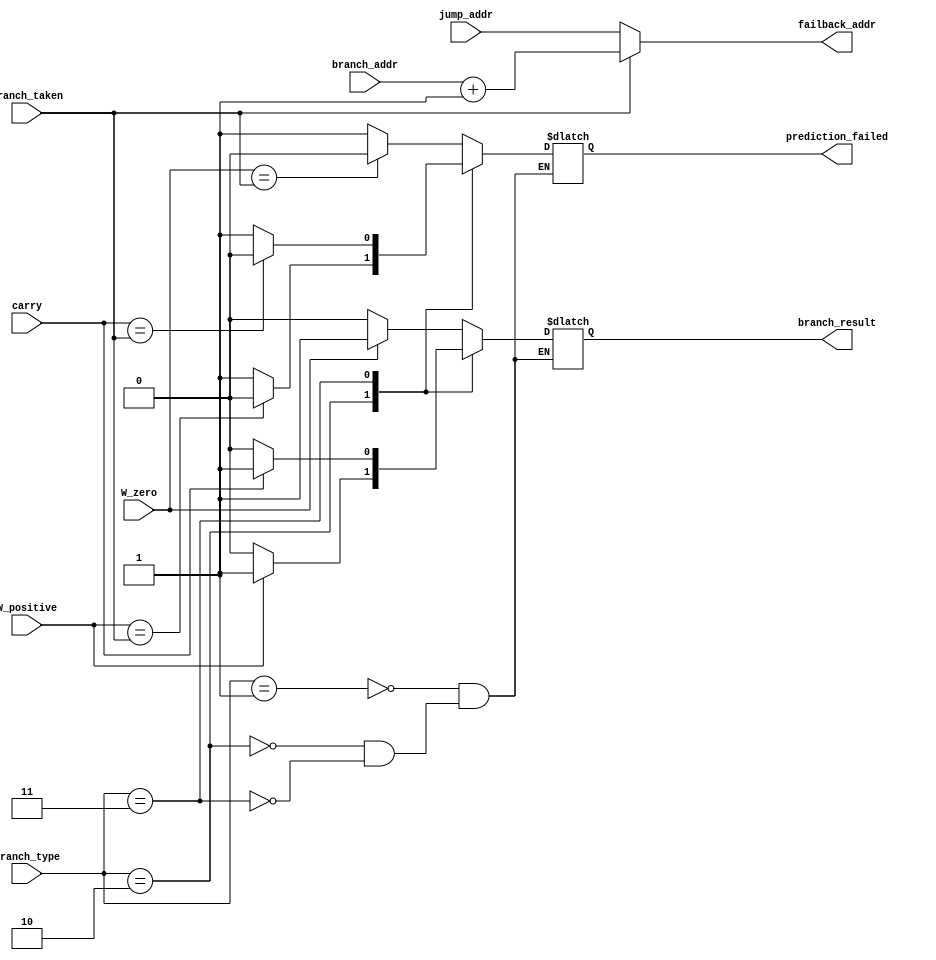
module predictor_prediction_check (	input [10:0]			branch_addr,
												input [10:0]			jump_addr,
												input [1:0]				branch_type,
												input						branch_taken,
												input						W_zero,
												input						W_positive,
												input						carry,
												output reg				prediction_failed,
												output reg				branch_result,
												output reg [10:0]		failback_addr);
				
	initial begin
		prediction_failed = 0;
	end
	always begin
		case (branch_type)
			2'b01 : begin
				prediction_failed <= W_zero == branch_taken ? 0 : 1;
				branch_result <= W_zero ? 1 : 0;
			end
			2'b10 : begin
				prediction_failed <= W_positive == branch_taken ? 0 : 1;
				branch_result <= W_positive ? 1 : 0;
			end
			2'b11 : begin 
				prediction_failed <= carry == branch_taken ? 0 : 1;
				branch_result <= carry ? 1 : 0;
			end
		endcase
		failback_addr <= branch_taken == 1 ? branch_addr + 1 : jump_addr;
	end
	
endmodule